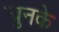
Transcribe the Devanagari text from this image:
चुनके